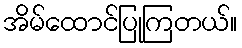
အိမ်ထောင်ပြုကြတယ်။